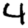
Digit: 4